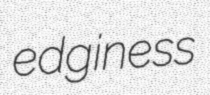
edginess